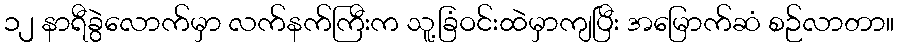
၁၂ နာရီခွဲလောက်မှာ လက်နက်ကြီးက သူ့ခြံဝင်းထဲမှာကျပြီး အမြောက်ဆံ စဉ်လာတာ။